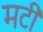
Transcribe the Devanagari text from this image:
मटी